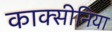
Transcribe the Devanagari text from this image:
काक्सीनिया